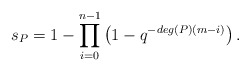
\begin{align*} s_{P}=1-\prod\limits_{i=0}^{n-1}\left(1-q^{-deg(P)(m-i)}\right). \end{align*}